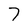
Character: 7